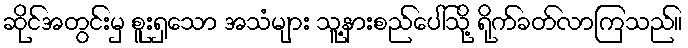
ဆိုင်အတွင်းမှ စူးရှသော အသံများ သူ့နားစည်ပေါ်သို့ ရိုက်ခတ်လာကြသည်။